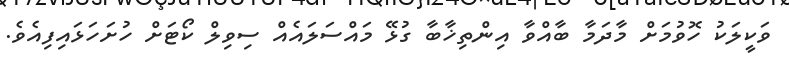
ވަކީލަކު ހޮވުމަށް މާދަމާ ބާއްވާ އިންތިޚާބާ ގުޅޭ މައްސަލައެއް ސިވިލް ކޯޓަށް ހުށަހަޅައިފިއެވެ.